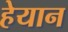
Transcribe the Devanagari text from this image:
हेयान